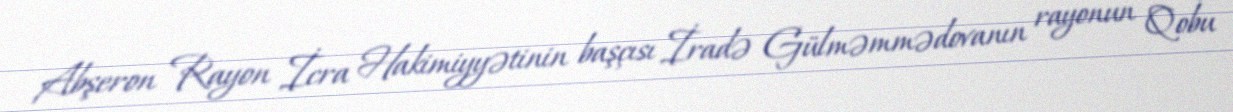
Abşeron Rayon İcra Hakimiyyətinin başçısı İradə Gülməmmədovanın rayonun Qobu